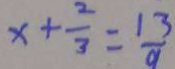
x + \frac { 2 } { 3 } = \frac { 1 3 } { a }